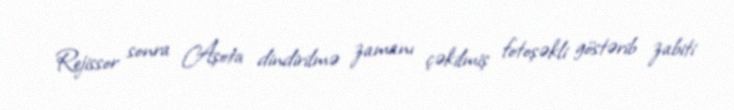
Rejissor sonra Aşota dindirilmə zamanı çəkilmiş fotoşəkli göstərib zabiti